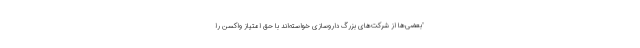
"بعضی‌ها از شرکت‌های بزرگ داروسازی خواسته‌اند با حق امتیاز واکسن را